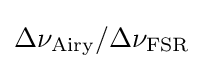
\Delta \nu _{\rm {Airy}}/\Delta \nu _{\rm {FSR}}